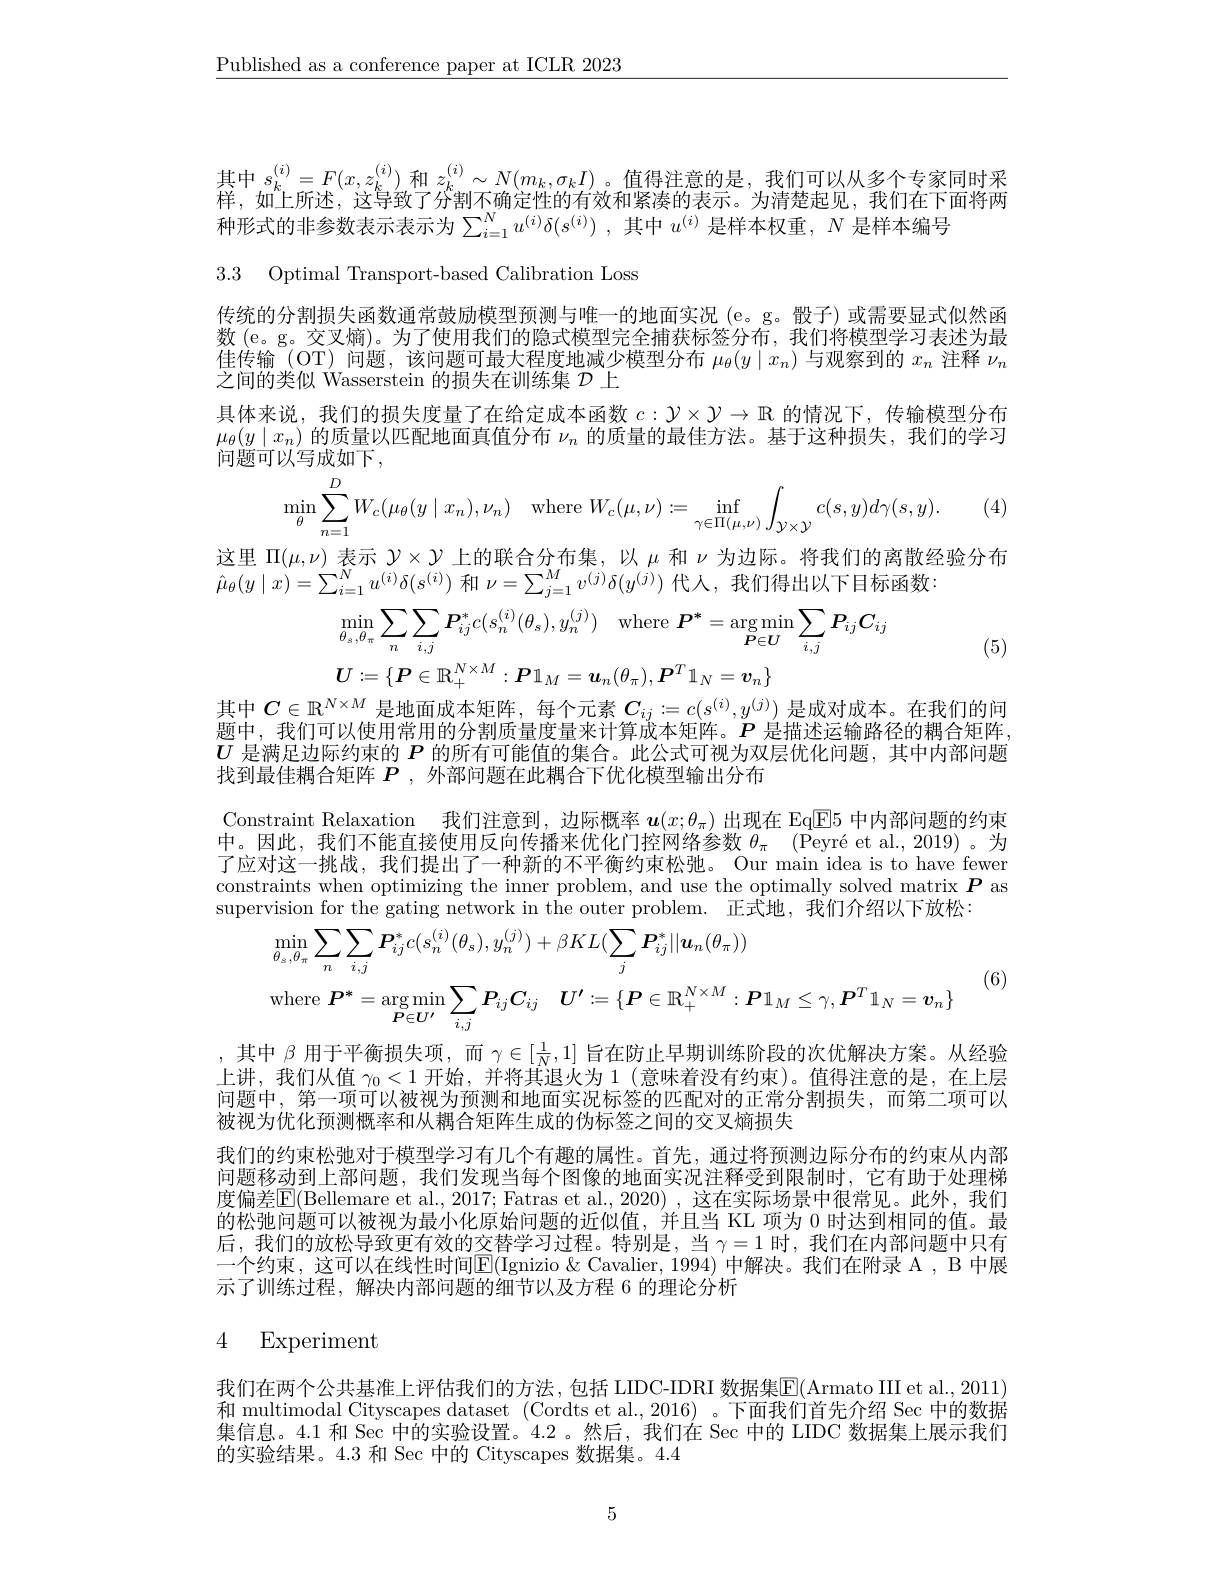
$\underline{\text{Published as a conference paper at ICLR 2023}}$

其中$s_k^{(i)}=F(x,z_k^{(i)})$ 和 $z_k^{(i)}\sim N(m_k,\sigma_kI)$。值得注意的是，我们可以从多个专家同时采并 如上邱史 过已经了八钟了在六世的左游和区津的丰二一一一一一一一一样。如上所述，这导致了分割人确定性的石效和紧凑的表示。为清楚起见。我们在下面将两种形式的非参数表示表示为$\sum _{i= 1}^Nu^{( i) }\delta ( s^{( i) })$ ,其中$u^{(i)}$是样本权重，$N$是样本编号

3.3 Optimal Transport-based Calibration Loss

传统的分割损失函数通常鼓励模型预测与唯一的地面实况 (e。g。骰子) 或需要显式似然函数 (e。g。交叉熵)。为了使用我们的隐式模型完全捕获标签分布，我们将模型学习表述为最佳传输 (OT) 问题，该问题可最大程度地减少模型分布$\mu_\theta(y\mid x_n)$与观察到的$x_n$注释$\nu_n$ 之间的类似 Wasserstein 的损失在训练集$\mathcal{D}$上

具体来说，我们的损失度量了在给定成本函数$c:\mathcal{V}\times\mathcal{V}\to\mathbb{R}$的情况下，传输模型分布$\mu_\theta(y\mid x_n)$的质量以匹配地面真值分布$\nu_n$的质量的最佳方法。基于这种损失，我们的学习问题可以写成如下，
$$\min\limits_{\theta}\sum\limits_{n=1}^{D}W_{c}(\mu_{\theta}(y\mid x_{n}),\nu_{n})\quad\mathrm{where}\:W_{c}(\mu,\nu):=\inf\limits_{\gamma\in\Pi(\mu,\nu)}\int\limits_{\mathcal{Y}\times\mathcal{Y}}c(s,y)d\gamma(s,y).$$
(4)

这里$\Pi(\mu,\nu)$表示$\mathcal{Y}\times\mathcal{Y}$上的联合分布集，以$\mu$和$\nu$为边际。将我们的离散经验分布
$\hat{\mu}_{\theta}(y\mid x)=\sum_{i=1}^{N}u^{(i)}\delta(s^{(i)})$和$\nu=\sum_j=1^{M}v^{(j)}\delta(y^{(j)})$代人，我们得出以下目标函数：
$$\begin{aligned}&\min_{\theta_{s},\theta_{\pi}}\sum_{n}\sum_{i,j}\boldsymbol{P}_{ij}^{*}c(s_{n}^{(i)}(\theta_{s}),y_{n}^{(j)})\quad\mathrm{where}\:\boldsymbol{P}^{*}=\arg\min_{\boldsymbol{P}\in\boldsymbol{U}}\sum_{i,j}\boldsymbol{P}_{ij}\boldsymbol{C}_{ij}\\&\boldsymbol{U}:=\{\boldsymbol{P}\in\mathbb{R}_{+}^{N\times M}:\boldsymbol{P}\mathbb{1}_{M}=\boldsymbol{u}_{n}(\theta_{\pi}),\boldsymbol{P}^{T}\mathbb{1}_{N}=\boldsymbol{v}_{n}\}\end{aligned}$$
其中$C\in\mathbb{R}^{N\times M}$是地面成本矩阵，每个元素$\boldsymbol{C}_{ij}:=c(s^{(i)},y^{(j)})$是成对成本。在我们的问

(5)

题中，我们可以使用常用的分割质量度量来计算成本矩阵。$P$是描述运输路径的耦合矩阵， $U$是满足边际约束的$P$的所有可能值的集合。此公式可视为双层优化问题，其中内部问题找到最佳耦合矩阵$P$ ,外部问题在此耦合下优化模型输出分布

Constraint Relaxation 我们注意到，边际概率$\boldsymbol{u}(x;\theta_\pi)$出现在 EqE5 中内部问题的约束中。因此，我们不能直接使用反向传播来优化门控网络参数$\theta _\pi$ $( \text{Peyr\' {e}etal. , 2019) 。为 }$ 了应对这一挑战，我们提出了一种新的不平衡约束松弛。Our main idea is to have fewer constraints when optimizing the inner problem, and use the optimally solved matrix $\boldsymbol{P}$ as supervision for the gating network in the outer problem. 正式地，我们介绍以下放松：
$$\begin{aligned}&\min_{\theta_{s},\theta_{\pi}}\sum_{n}\sum_{i,j}P_{ij}^{*}c(s_{n}^{(i)}(\theta_{s}),y_{n}^{(j)})+\beta KL(\sum_{j}P_{ij}^{*}||u_{n}(\theta_{\pi}))\\&\mathrm{where~}P^{*}=\arg\min_{P\in U^{\prime}}\sum_{i,j}P_{ij}C_{ij}\quad U^{\prime}:=\{P\in\mathbb{R}_{+}^{N\times M}:P\mathbb{1}_{M}\leq\gamma,P^{T}\mathbb{1}_{N}=\boldsymbol{v}_{n}\}\end{aligned}$$
(6)

其中$\beta$用于平衡损失项，而$\gamma\in[\frac1N,1]$旨在防止早期训练阶段的次优解决方案。从经验上讲，我们从值$\gamma_0<1$开始，并将其退火为 1(意味着没有约束)。值得注意的是，在上层问题中，第一项可以被视为预测和地面实况标签的匹配对的正常分割损失，而第二项可以被视为优化预测概率和从耦合矩阵生成的伪标签之间的交叉熵损失
我们的约束松弛对于模型学习有几个有趣的属性。首先，通过将预测边际分布的约束从内部问题移动到上部问题，我们发现当每个图像的地面实况注释受到限制时，它有助于处理梯度偏差$\boxed{\mathrm{E}}($Bellemare et al., 2017; Fatras et al., 2020) , 这在实际场景中很常见。此外，我们的松弛问题可以被视为最小化原始问题的近似值，并且当 KL 项为0时达到相同的值。最后，我们的放松导致更有效的交替学习过程。特别是，当$\gamma=1$时，我们在内部问题中只有一个约束，这可以在线性时间$\overline{\mathrm{E}}($Ignizio & Cavalier, 1994) 中解决。我们在附录 A , B 中展示了训练过程，解决内部问题的细节以及方程 6 的理论分析

## 4 Experiment

我们在两个公共基准上评估我们的方法，包括 LIDC-IDRI 数据集E(Armato III et al., 2011) 和 multimodal Cityscapes dataset (Cordts et al.,2016) 。下面我们首先介绍 Sec 中的数据集信息。4.1 和 Sec 中的实验设置。4.2 。然后，我们在 Sec 中的 LIDC 数据集上展示我们的实验结果。4.3 和 Sec 中的 Cityscapes 数据集。4.4

5